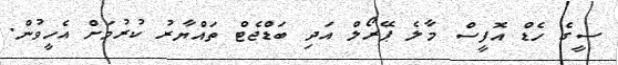
ސީގެ ހެޑް އޮފީސް މާލެ ޕޭރޯލް އަދި ބަޑްޖެޓް ތައްޔާރު ކުރުމަށް އެހީވުން.